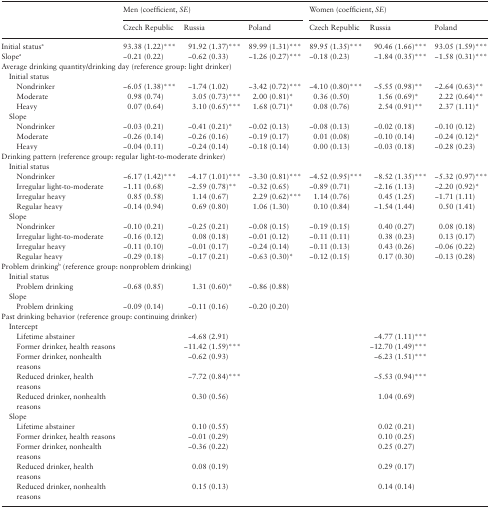
<table><thead><tr><td rowspan="2">[EMPTY_CELL]</td><td colspan="3"><b>Men (coefficient, <i>SE</i>)</b></td><td colspan="3"><b>Women (coefficient, <i>SE</i>)</b></td></tr><tr><td><b>Czech Republic</b></td><td><b>Russia</b></td><td><b>Poland</b></td><td><b>Czech Republic</b></td><td><b>Russia</b></td><td><b>Poland</b></td></tr></thead><tbody><tr><td>Initial status<sup>a</sup></td><td>93.38 (1.22)***</td><td>91.92 (1.37)***</td><td>89.99 (1.31)***</td><td>89.95 (1.35)***</td><td>90.46 (1.66)***</td><td>93.05 (1.59)***</td></tr><tr><td>Slope<sup>a</sup></td><td>−0.21 (0.22)</td><td>−0.62 (0.33)</td><td>−1.26 (0.27)***</td><td>−0.18 (0.23)</td><td>−1.84 (0.35)***</td><td>−1.58 (0.31)***</td></tr><tr><td colspan="7">Average drinking quantity/drinking day (reference group: light drinker)</td></tr><tr><td colspan="7"> Initial status</td></tr><tr><td>Nondrinker</td><td>−6.05 (1.38)***</td><td>−1.74 (1.02)</td><td>−3.42 (0.72)***</td><td>−4.10 (0.80)***</td><td>−5.55 (0.98)**</td><td>−2.64 (0.63)**</td></tr><tr><td>Moderate</td><td>0.98 (0.74)</td><td>3.05 (0.73)***</td><td>2.00 (0.81)*</td><td>0.36 (0.50)</td><td>1.56 (0.69)*</td><td>2.22 (0.64)**</td></tr><tr><td>Heavy</td><td>0.07 (0.64)</td><td>3.10 (0.65)***</td><td>1.68 (0.71)*</td><td>0.08 (0.76)</td><td>2.54 (0.91)**</td><td>2.37 (1.11)*</td></tr><tr><td colspan="7"> Slope</td></tr><tr><td>Nondrinker</td><td>−0.03 (0.21)</td><td>−0.41 (0.21)*</td><td>−0.02 (0.13)</td><td>−0.08 (0.13)</td><td>−0.02 (0.18)</td><td>−0.10 (0.12)</td></tr><tr><td>Moderate</td><td>−0.26 (0.14)</td><td>−0.26 (0.16)</td><td>−0.19 (0.17)</td><td>0.01 (0.08)</td><td>−0.10 (0.14)</td><td>−0.24 (0.12)*</td></tr><tr><td>Heavy</td><td>−0.04 (0.11)</td><td>−0.24 (0.14)</td><td>−0.18 (0.14)</td><td>0.00 (0.13)</td><td>−0.03 (0.18)</td><td>−0.28 (0.23)</td></tr><tr><td colspan="7">Drinking pattern (reference group: regular light-to-moderate drinker)</td></tr><tr><td colspan="7"> Initial status</td></tr><tr><td>Nondrinker</td><td>−6.17 (1.42)***</td><td>−4.17 (1.01)***</td><td>−3.30 (0.81)***</td><td>−4.52 (0.95)***</td><td>−8.52 (1.35)***</td><td>−5.32 (0.97)***</td></tr><tr><td>Irregular light-to-moderate</td><td>−1.11 (0.68)</td><td>−2.59 (0.78)**</td><td>−0.32 (0.65)</td><td>−0.89 (0.71)</td><td>−2.16 (1.13)</td><td>−2.20 (0.92)*</td></tr><tr><td>Irregular heavy</td><td>0.85 (0.58)</td><td>1.14 (0.67)</td><td>2.29 (0.62)***</td><td>1.14 (0.76)</td><td>0.45 (1.25)</td><td>−1.71 (1.11)</td></tr><tr><td>Regular heavy</td><td>−0.14 (0.94)</td><td>0.69 (0.80)</td><td>1.06 (1.30)</td><td>0.10 (0.84)</td><td>−1.54 (1.44)</td><td>0.50 (1.41)</td></tr><tr><td colspan="7"> Slope</td></tr><tr><td>Nondrinker</td><td>−0.10 (0.21)</td><td>−0.25 (0.21)</td><td>−0.08 (0.15)</td><td>−0.19 (0.15)</td><td>0.40 (0.27)</td><td>0.08 (0.18)</td></tr><tr><td>Irregular light-to-moderate</td><td>−0.16 (0.12)</td><td>0.08 (0.18)</td><td>−0.01 (0.12)</td><td>−0.11 (0.11)</td><td>0.38 (0.23)</td><td>0.13 (0.17)</td></tr><tr><td>Irregular heavy</td><td>−0.11 (0.10)</td><td>−0.01 (0.17)</td><td>−0.24 (0.14)</td><td>−0.11 (0.13)</td><td>0.43 (0.26)</td><td>−0.06 (0.22)</td></tr><tr><td>Regular heavy</td><td>−0.29 (0.18)</td><td>−0.17 (0.21)</td><td>−0.63 (0.30)*</td><td>−0.12 (0.15)</td><td>0.17 (0.30)</td><td>−0.13 (0.28)</td></tr><tr><td colspan="7">Problem drinking<sup>b</sup> (reference group: nonproblem drinking)</td></tr><tr><td colspan="7"> Initial status</td></tr><tr><td>Problem drinking</td><td>−0.68 (0.85)</td><td>1.31 (0.60)*</td><td>−0.86 (0.88)</td><td>[EMPTY_CELL]</td><td>[EMPTY_CELL]</td><td>[EMPTY_CELL]</td></tr><tr><td colspan="7"> Slope</td></tr><tr><td>Problem drinking</td><td>−0.09 (0.14)</td><td>−0.11 (0.16)</td><td>−0.20 (0.20)</td><td>[EMPTY_CELL]</td><td>[EMPTY_CELL]</td><td>[EMPTY_CELL]</td></tr><tr><td colspan="7">Past drinking behavior (reference group: continuing drinker)</td></tr><tr><td colspan="7"> Intercept</td></tr><tr><td>Lifetime abstainer</td><td>[EMPTY_CELL]</td><td>−4.68 (2.91)</td><td>[EMPTY_CELL]</td><td>[EMPTY_CELL]</td><td>−4.77 (1.11)***</td><td>[EMPTY_CELL]</td></tr><tr><td>Former drinker, health reasons</td><td>[EMPTY_CELL]</td><td>−11.42 (1.59)***</td><td>[EMPTY_CELL]</td><td>[EMPTY_CELL]</td><td>−12.70 (1.49)***</td><td>[EMPTY_CELL]</td></tr><tr><td>Former drinker, nonhealth reasons</td><td>[EMPTY_CELL]</td><td>−0.62 (0.93)</td><td>[EMPTY_CELL]</td><td>[EMPTY_CELL]</td><td>−6.23 (1.51)***</td><td>[EMPTY_CELL]</td></tr><tr><td>Reduced drinker, health reasons</td><td>[EMPTY_CELL]</td><td>−7.72 (0.84)***</td><td>[EMPTY_CELL]</td><td>[EMPTY_CELL]</td><td>−5.53 (0.94)***</td><td>[EMPTY_CELL]</td></tr><tr><td>Reduced drinker, nonhealth reasons</td><td>[EMPTY_CELL]</td><td>0.30 (0.56)</td><td>[EMPTY_CELL]</td><td>[EMPTY_CELL]</td><td>1.04 (0.69)</td><td>[EMPTY_CELL]</td></tr><tr><td colspan="7"> Slope</td></tr><tr><td>Lifetime abstainer</td><td>[EMPTY_CELL]</td><td>0.10 (0.55)</td><td>[EMPTY_CELL]</td><td>[EMPTY_CELL]</td><td>0.02 (0.21)</td><td>[EMPTY_CELL]</td></tr><tr><td>Former drinker, health reasons</td><td>[EMPTY_CELL]</td><td>−0.01 (0.29)</td><td>[EMPTY_CELL]</td><td>[EMPTY_CELL]</td><td>0.10 (0.25)</td><td>[EMPTY_CELL]</td></tr><tr><td>Former drinker, nonhealth reasons</td><td>[EMPTY_CELL]</td><td>−0.36 (0.22)</td><td>[EMPTY_CELL]</td><td>[EMPTY_CELL]</td><td>0.25 (0.27)</td><td>[EMPTY_CELL]</td></tr><tr><td>Reduced drinker, health reasons</td><td>[EMPTY_CELL]</td><td>0.08 (0.19)</td><td>[EMPTY_CELL]</td><td>[EMPTY_CELL]</td><td>0.29 (0.17)</td><td>[EMPTY_CELL]</td></tr><tr><td>Reduced drinker, nonhealth reasons</td><td>[EMPTY_CELL]</td><td>0.15 (0.13)</td><td>[EMPTY_CELL]</td><td>[EMPTY_CELL]</td><td>0.14 (0.14)</td><td>[EMPTY_CELL]</td></tr></tbody></table>